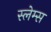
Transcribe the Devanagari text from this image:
स्लेम्स